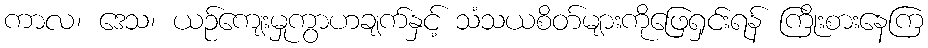
ကာလ၊ ဒေသ၊ ယဉ်ကျေးမှုကွာဟချက်နှင့် သံသယစိတ်များကိုဖြေရှင်းရန် ကြိုးစားနေကြ